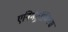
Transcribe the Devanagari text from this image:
एनिमेट्रॉनिक्स